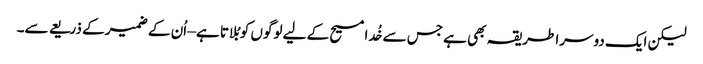
لیکن ایک دوسرا طریقہ بھی ہے جس سے خُدا مسیح کے لیے لوگوں کو بُلاتا ہے – اُن کے ضمیر کے ذریعے سے۔